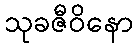
သုခဇီဝိနော